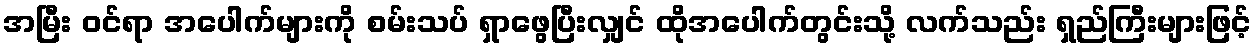
အမြီး ဝင်ရာ အပေါက်များကို စမ်းသပ် ရှာဖွေပြီးလျှင် ထိုအပေါက်တွင်းသို့ လက်သည်း ရှည်ကြီးများဖြင့်